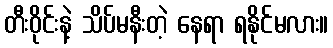
တီးဝိုင်းနဲ့ သိပ်မနီးတဲ့ နေရာ ရနိုင်မလား။